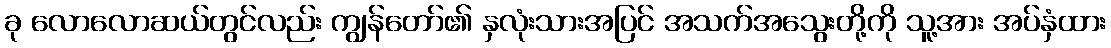
ခု လောလောဆယ်တွင်လည်း ကျွန်တော်၏ နှလုံးသားအပြင် အသက်အသွေးတို့ကို သူ့အား အပ်နှံထား